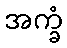
အက္ခံ